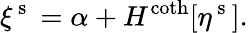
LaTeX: \xi^{\mathrm{~s~}}=\alpha+H^{\coth}[\eta^{\mathrm{~s~}}].